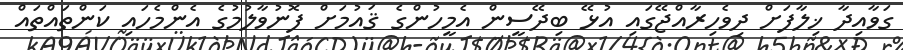
ގަވާއިދާ ޚިލާފަށް ދިވެހިރާއްޖޭގައި އުޅޭ ބިދޭސީން އެމީހުންގެ ޤައުމަށް ފޮނުވާލުމުގެ އެންމެހައި ކަންތައްތައް